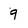
Character: q